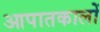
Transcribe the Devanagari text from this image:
आपातकालों